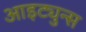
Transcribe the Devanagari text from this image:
आइट्युन्स